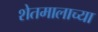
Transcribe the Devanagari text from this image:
शेतमालाच्या